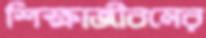
শিক্ষাজীবনের